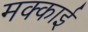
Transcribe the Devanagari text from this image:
मक्काई